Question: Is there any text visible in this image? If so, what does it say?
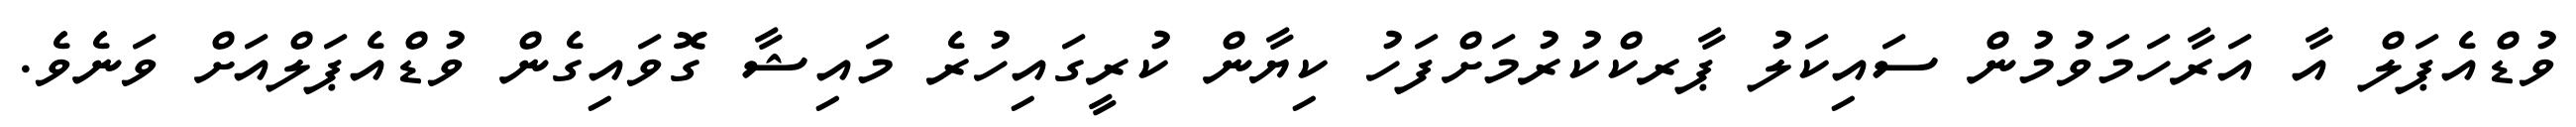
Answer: ވުޑްއެޕަލް އާ އަރާހަމަވުމުން ސައިކަލު ޕާރކްކުރުމަށްފަހު ކިޔާން ކުރީގައިހުރެ މައިޝާ ގޮވައިގެން ވުޑްއެޕަލްއަށް ވަނެވެ.